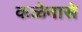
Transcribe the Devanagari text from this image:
कळेनासे